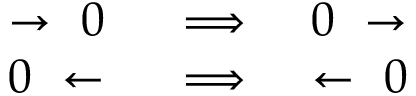
\begin{array} { r l r } { \rightarrow ~ 0 ~ } & { { } \Longrightarrow } & { ~ 0 ~ \rightarrow } \\ { 0 ~ \leftarrow ~ } & { { } \Longrightarrow } & { ~ \leftarrow ~ 0 } \end{array}